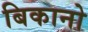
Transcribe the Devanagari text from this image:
बिकानो